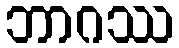
ဘာဂဿ